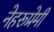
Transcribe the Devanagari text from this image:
नेहरूप्रेमी